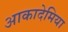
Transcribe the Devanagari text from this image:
आकादेमिया